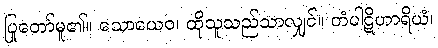
ပြုတော်မူ၏။ သောယေဝ၊ ထိုသူသည်သာလျှင်။ တံပါဋိဟာရိယံ၊